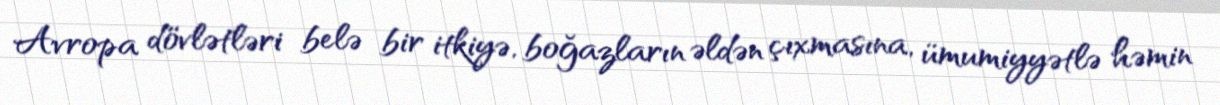
Avropa dövlətləri belə bir itkiyə, boğazların əldən çıxmasına, ümumiyyətlə həmin